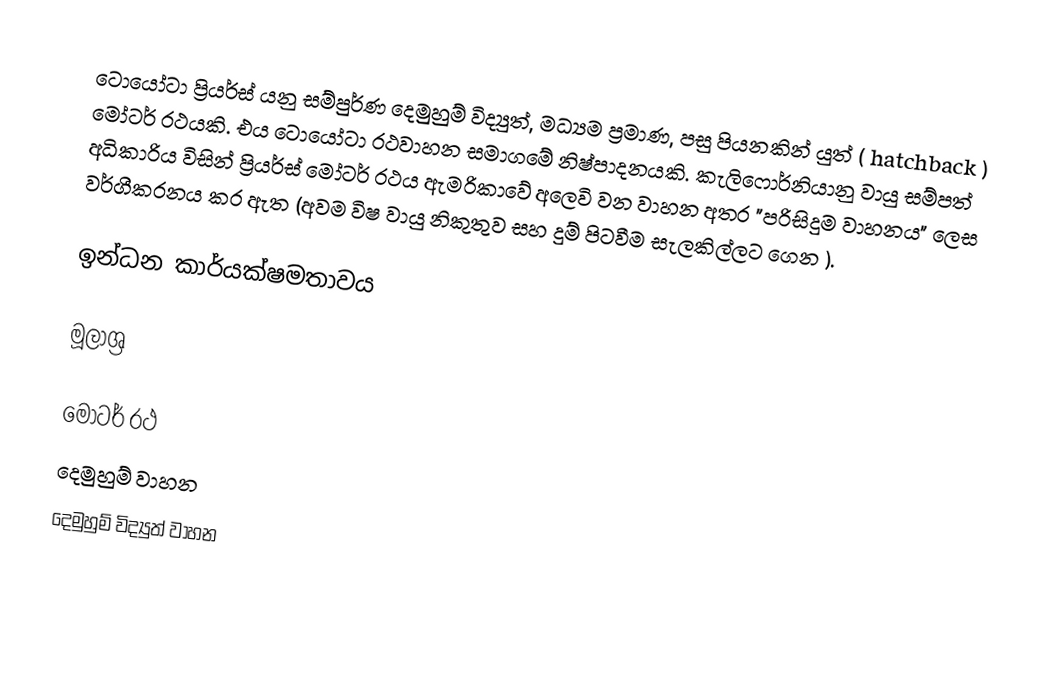
ටොයෝටා ප්‍රියර්ස් යනු සම්පුර්ණ දෙමුහුම් විද්‍යුත්, මධ්‍යම ප්‍රමාණ,  පසු පියනකින් යුත් ( hatchback ) මෝටර් රථයකි. එය ටොයෝටා රථවාහන සමාගමේ නිෂ්පාදනයකි. කැලිෆොර්නියානු වායු සම්පත් අධිකාරිය විසින් ප්‍රියර්ස්  මෝටර් රථය ඇමරිකාවේ අලෙවි වන වාහන අතර "පරිසිදුම වාහනය" ලෙස වර්ගීකරනය කර ඇත (අවම විෂ වායු නිකුතුව සහ දුම් පිටවීම සැලකිල්ලට ගෙන ).

ඉන්ධන කාර්යක්ෂමතාවය

මූලාශ්‍ර

මෝටර් රථ
දෙමුහුම් වාහන
දෙමුහුම් විද්‍යුත් වාහන